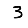
Digit: 3